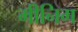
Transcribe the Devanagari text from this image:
मीनिग